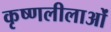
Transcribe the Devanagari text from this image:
कृष्णलीलाओं